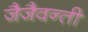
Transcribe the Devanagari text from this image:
जैजैवन्ती